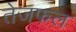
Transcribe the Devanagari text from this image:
तेजफल